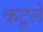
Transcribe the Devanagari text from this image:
कटूले